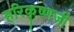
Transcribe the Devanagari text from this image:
हरिकृष्णजी